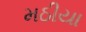
મઠીયા